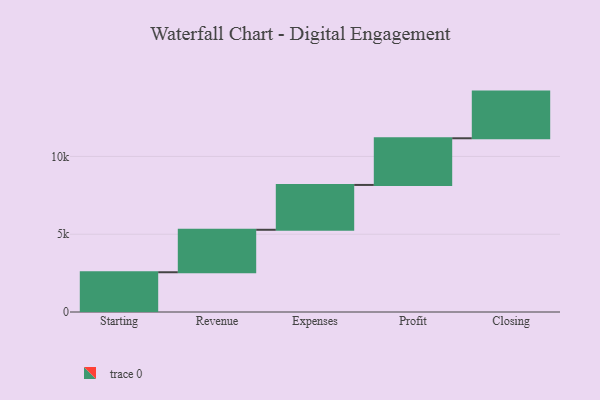
{"axis": {"x": "Step", "y": "Value"}, "legend": [""], "data": [{"x": "Starting", "y": 2555.0, "type": ""}, {"x": "Revenue", "y": 2730.0, "type": ""}, {"x": "Expenses", "y": 2882.0, "type": ""}, {"x": "Profit", "y": 3000, "type": ""}, {"x": "Closing", "y": 3000, "type": ""}]}